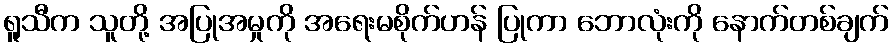
ရူသီက သူတို့ အပြုအမှုကို အရေးမစိုက်ဟန် ပြုကာ ဘောလုံးကို နောက်တစ်ချက်